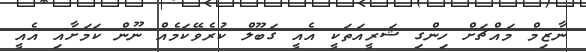
ނާޒިމް މައްޗަށް ހިންގި ޝަރީއަތަކީ އެއީ ގަބޫލް ކުރެވޭކަމެއް ނޫން ކަމަށާއި އެއީ